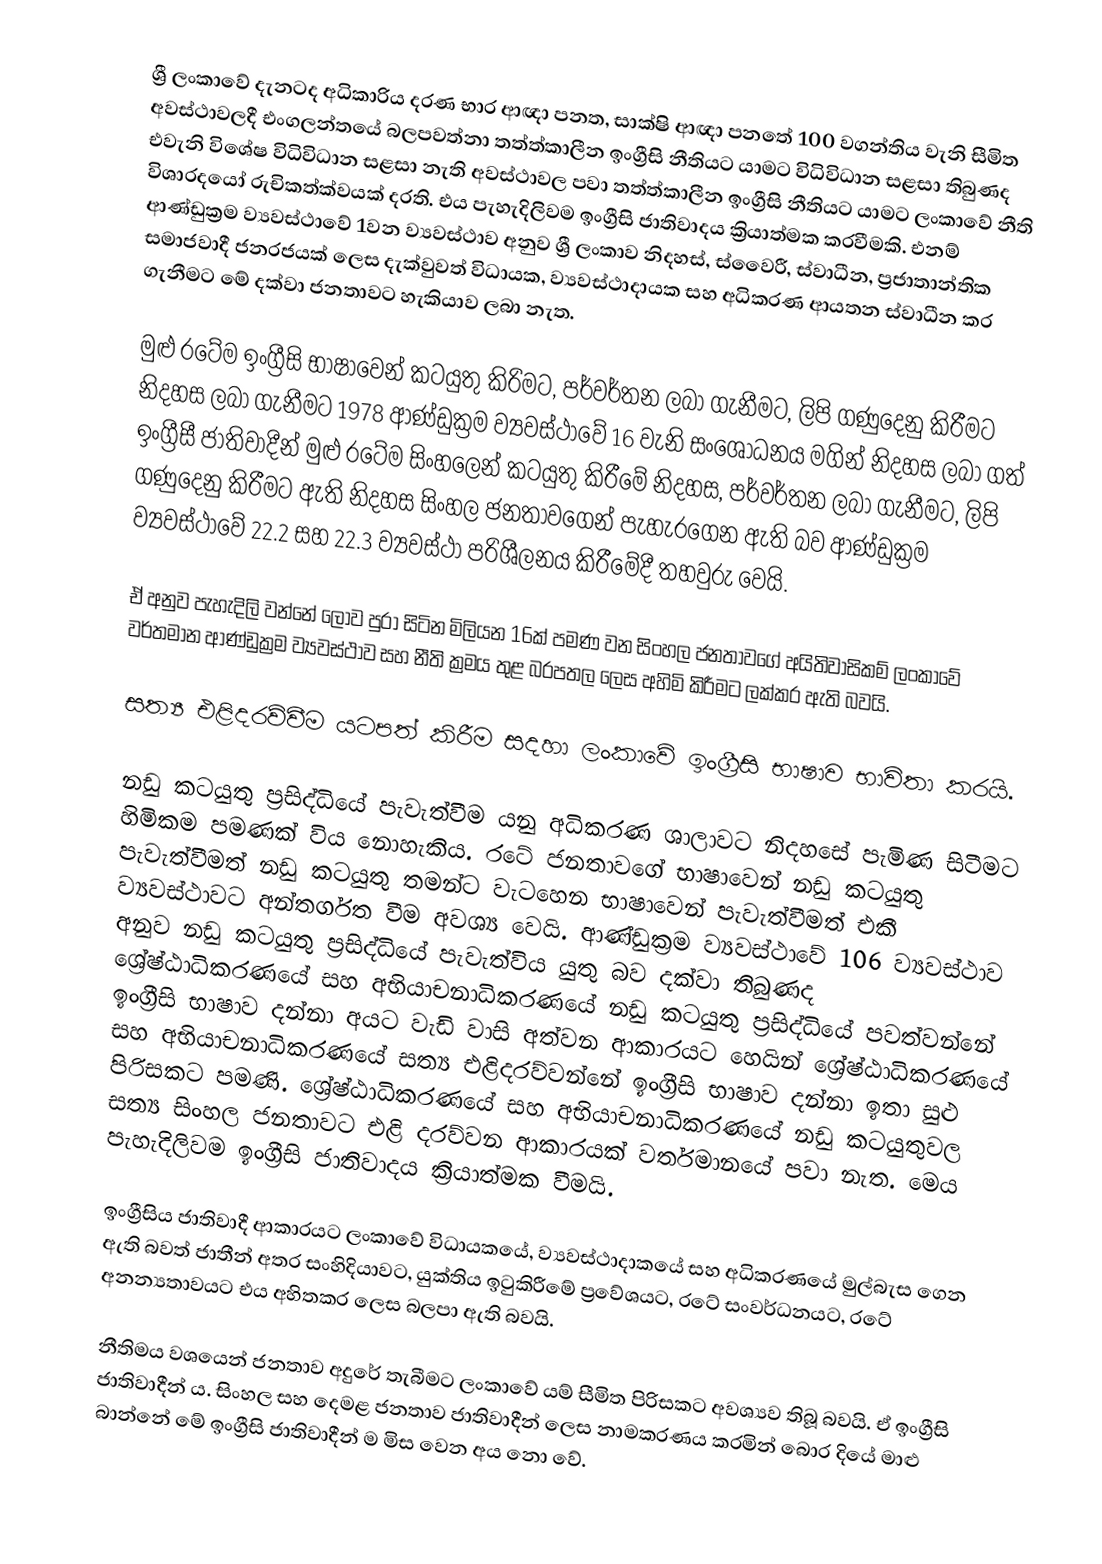
ශ්‍රී ලංකාවේ දැනටද අධිකාරිය දරණ භාර ආඥා පනත, සාක්ෂි ආඥා පනතේ 100 වගන්තිය වැනි සීමිත අවස්ථාවලදී එංගලන්තයේ බලපවත්නා තත්ත්කාලීන ඉංග්‍රීසි නීතියට යාමට විධිවිධාන සළසා තිබුණද එවැනි විශේෂ විධිවිධාන සළසා නැති අවස්ථාවල පවා  තත්ත්කාලීන ඉංග්‍රීසි නීතියට යාමට ලංකාවේ නීති විශාරදයෝ රුචිකත්ක්වයක් දරති. එය පැහැදිලිවම ඉංග්‍රීසි ජාතිවාදය ක්‍රියාත්මක කරවීමකි. එනම් ආණ්ඩුක්‍රම ව්‍යවස්ථාවේ 1වන ව්‍යවස්ථාව අනුව ශ්‍රී ලංකාව නිදහස්, ස්වෛරී, ස්වාධීන, ප්‍රජාතාන්තික සමාජවාදී ජනරජයක් ලෙස දැක්වුවත් විධායක, ව්‍යවස්ථාදායක සහ අධිකරණ ආයතන ස්වාධීන කර ගැනීමට මේ දක්වා ජනතාවට හැකියාව ලබා නැත.

මුළු රටේම ඉංග්‍රීසි භාෂාවෙන් කටයුතු කිරිමට, පර්වර්තන ලබා ගැනීමට, ලිපි ගණුදෙනු කිරීමට නිදහස ලබා ගැනීමට 1978 ආණ්ඩුක්‍රම ව්‍යවස්ථාවේ 16 වැනි සංශෝධනය මගින් නිදහස ලබා ගත් ඉංග්‍රීසී ජාතිවාදීන් මුළු රටේම සිංහලෙන් කටයුතු කිරීමේ නිදහස, පර්වර්තන ලබා ගැනීමට, ලිපි ගණුදෙනු කිරීමට ඇති නිදහස සිංහල ජනතාවගෙන් පැහැරගෙන ඇති බව ආණ්ඩුක්‍රම ව්‍යවස්ථාවේ 22.2 සහ 22.3 ව්‍යවස්ථා පරිශීලනය කිරීමේදී තහවුරු වෙයි.

ඒ අනුව පැහැදිලි වන්නේ ලොව පුරා සිටින මිලියන 16ක්  පමණ වන සිංහල ජනතාවගේ අයිතිවාසිකම් ලංකාවේ වර්තමාන ආණ්ඩුක්‍රම ව්‍යවස්ථාව සහ නීති ක්‍රමය තුළ බරපතල ලෙස අහිමි කිරීමට ලක්කර ඇති බවයි.

සත්‍ය එළිදරව්වීම යටපත් කිරීම සදහා ලංකාවේ ඉංග්‍රීසි භාෂාව භාවිතා කරයි.

නඩු කටයුතු ප්‍රසිද්ධියේ පැවැත්වීම යනු අධිකරණ ශාලාවට නිදහසේ පැමිණ සිටීමට හිමිකම පමණක් විය නොහැකිය. රටේ ජනතාවගේ භාෂාවෙන් නඩු කටයුතු පැවැත්වීමත් නඩු කටයුතු තමන්ට වැටහෙන භාෂාවෙන් පැවැත්වීමත් එකී  ව්‍යවස්ථාවට අන්තර්ගත වීම අවශ්‍ය වෙයි.  ආණ්ඩුක්‍රම ව්‍යවස්ථාවේ 106 ව්‍යවස්ථාව අනුව නඩු කටයුතු ප්‍රසිද්ධියේ පැවැත්විය යුතු බව දක්වා තිබුණද ශ්‍රේෂ්ඨාධිකරණයේ සහ අභියාචනාධිකරණයේ නඩු කටයුතු ප්‍රසිද්ධියේ පවත්වන්නේ ඉංග්‍රීසි භාෂාව දන්නා අයට වැඩි වාසි අත්වන ආකාරයට හෙයින් ශ්‍රේෂ්ඨාධිකරණයේ සහ අභියාචනාධිකරණයේ සත්‍ය එළිදරව්වන්නේ ඉංග්‍රීසි භාෂාව දන්නා ඉතා සුළු පිරිසකට පමණි. ශ්‍රේෂ්ඨාධිකරණයේ සහ අභියාචනාධිකරණයේ නඩු කටයුතුවල සත්‍ය සිංහල ජනතාවට එළි දරව්වන ආකාරයක් වර්තමානයේ පවා නැත. මෙය පැහැදිලිවම ඉංග්‍රීසි ජාතිවාදය ක්‍රියාත්මක වීමයි.

ඉංග්‍රීසිය ජාතිවාදී ආකාරයට ලංකාවේ විධායකයේ, ව්‍යවස්ථාදාකයේ සහ අධිකරණයේ මුල්බැස ගෙන ඇති බවත් ජාතීන් අතර සංහිදියාවට, යුක්තිය ඉටුකිරීමේ ප්‍රවේශයට, රටේ සංවර්ධනයට, රටේ අනන්‍යතාවයට එය අහිතකර ලෙස බලපා ඇති බවයි.

නීතිමය වශයෙන් ජනතාව අදුරේ තැබීමට ලංකාවේ යම් සීමිත පිරිසකට අවශ්‍යව තිබූ බවයි. ඒ ඉංග්‍රීසි ජාතිවාදීන් ය. සිංහල සහ දෙමළ ජනතාව ජාතිවාදීන් ලෙස නාමකරණය කරමින් බොර දියේ මාළු බාන්නේ මේ ඉංග්‍රීසි ජාතිවාදීන් ම මිස වෙන අය නො වේ.